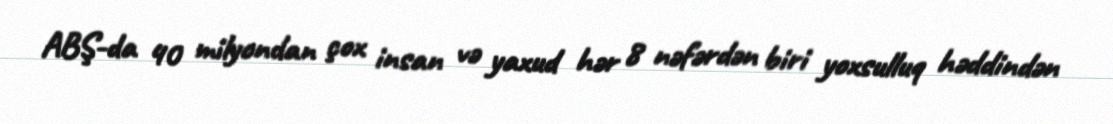
ABŞ-da 40 milyondan çox insan və yaxud hər 8 nəfərdən biri yoxsulluq həddindən